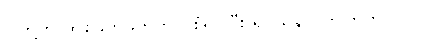
ငါတို့က တစ်ဖက်ဖက်ကိုပဲ စုံရပ်ပြီး ရှင်သန်လိုက်ကြတာပါပဲ။